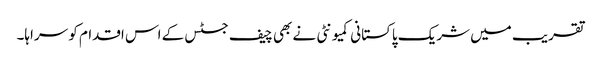
تقریب میں شریک پاکستانی کمیونٹی نے بھی چیف جسٹس کے اس اقدام کو سراہا۔